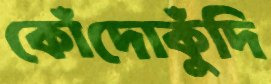
কোঁদোকুঁদি